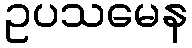
ဥပသမေန